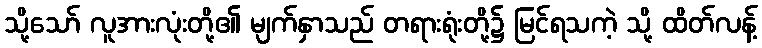
သို့သော် လူအားလုံးတို့၏ မျက်နှာသည် တရားရုံးတို့၌ မြင်ရသကဲ့ သို့ ထိတ်လန့်